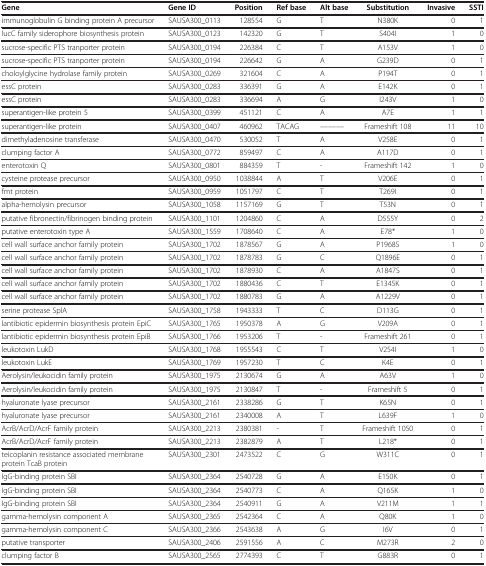
<table><thead><tr><td><b>Gene</b></td><td><b>Gene ID</b></td><td><b>Position</b></td><td><b>Ref base</b></td><td><b>Alt base</b></td><td><b>Substitution</b></td><td><b>Invasive</b></td><td><b>SSTI</b></td></tr></thead><tbody><tr><td>immunoglobulin G binding protein A precursor</td><td>SAUSA300_0113</td><td>128554</td><td>G</td><td>T</td><td>N380K</td><td>0</td><td>1</td></tr><tr><td>IucC family siderophore biosynthesis protein</td><td>SAUSA300_0123</td><td>142320</td><td>G</td><td>T</td><td>S404I</td><td>1</td><td>0</td></tr><tr><td>sucrose-specific PTS tranporter protein</td><td>SAUSA300_0194</td><td>226384</td><td>C</td><td>T</td><td>A153V</td><td>1</td><td>0</td></tr><tr><td>sucrose-specific PTS tranporter protein</td><td>SAUSA300_0194</td><td>226642</td><td>G</td><td>A</td><td>G239D</td><td>0</td><td>1</td></tr><tr><td>choloylglycine hydrolase family protein</td><td>SAUSA300_0269</td><td>321604</td><td>C</td><td>A</td><td>P194T</td><td>0</td><td>1</td></tr><tr><td>essC protein</td><td>SAUSA300_0283</td><td>336391</td><td>G</td><td>A</td><td>E142K</td><td>0</td><td>1</td></tr><tr><td>essC protein</td><td>SAUSA300_0283</td><td>336694</td><td>A</td><td>G</td><td>I243V</td><td>1</td><td>0</td></tr><tr><td>superantigen-like protein 5</td><td>SAUSA300_0399</td><td>451121</td><td>C</td><td>A</td><td>A7E</td><td>1</td><td>1</td></tr><tr><td>superantigen-like protein</td><td>SAUSA300_0407</td><td>460962</td><td>TACAG</td><td>-----</td><td>Frameshift 108</td><td>11</td><td>10</td></tr><tr><td>dimethyladenosine transferase</td><td>SAUSA300_0470</td><td>530052</td><td>T</td><td>A</td><td>V258E</td><td>0</td><td>1</td></tr><tr><td>clumping factor A</td><td>SAUSA300_0772</td><td>859497</td><td>C</td><td>A</td><td>A117D</td><td>0</td><td>1</td></tr><tr><td>enterotoxin Q</td><td>SAUSA300_0801</td><td>884359</td><td>T</td><td>-</td><td>Frameshift 142</td><td>1</td><td>0</td></tr><tr><td>cysteine protease precursor</td><td>SAUSA300_0950</td><td>1038844</td><td>A</td><td>T</td><td>V206E</td><td>0</td><td>1</td></tr><tr><td>fmt protein</td><td>SAUSA300_0959</td><td>1051797</td><td>C</td><td>T</td><td>T269I</td><td>0</td><td>1</td></tr><tr><td>alpha-hemolysin precursor</td><td>SAUSA300_1058</td><td>1157169</td><td>G</td><td>T</td><td>T53N</td><td>0</td><td>1</td></tr><tr><td>putative fibronectin/fibrinogen binding protein</td><td>SAUSA300_1101</td><td>1204860</td><td>C</td><td>A</td><td>D555Y</td><td>0</td><td>2</td></tr><tr><td>putative enterotoxin type A</td><td>SAUSA300_1559</td><td>1708640</td><td>C</td><td>A</td><td>E78*</td><td>1</td><td>0</td></tr><tr><td>cell wall surface anchor family protein</td><td>SAUSA300_1702</td><td>1878567</td><td>G</td><td>A</td><td>P1968S</td><td>1</td><td>0</td></tr><tr><td>cell wall surface anchor family protein</td><td>SAUSA300_1702</td><td>1878783</td><td>G</td><td>C</td><td>Q1896E</td><td>0</td><td>1</td></tr><tr><td>cell wall surface anchor family protein</td><td>SAUSA300_1702</td><td>1878930</td><td>C</td><td>A</td><td>A1847S</td><td>0</td><td>1</td></tr><tr><td>cell wall surface anchor family protein</td><td>SAUSA300_1702</td><td>1880436</td><td>C</td><td>T</td><td>E1345K</td><td>0</td><td>1</td></tr><tr><td>cell wall surface anchor family protein</td><td>SAUSA300_1702</td><td>1880783</td><td>G</td><td>A</td><td>A1229V</td><td>0</td><td>1</td></tr><tr><td>serine protease SplA</td><td>SAUSA300_1758</td><td>1943333</td><td>T</td><td>C</td><td>D113G</td><td>0</td><td>1</td></tr><tr><td>lantibiotic epidermin biosynthesis protein EpiC</td><td>SAUSA300_1765</td><td>1950378</td><td>A</td><td>G</td><td>V209A</td><td>0</td><td>1</td></tr><tr><td>lantibiotic epidermin biosynthesis protein EpiB</td><td>SAUSA300_1766</td><td>1953206</td><td>T</td><td>-</td><td>Frameshift 261</td><td>0</td><td>1</td></tr><tr><td>leukotoxin LukD</td><td>SAUSA300_1768</td><td>1955543</td><td>C</td><td>T</td><td>V254I</td><td>1</td><td>0</td></tr><tr><td>leukotoxin LukE</td><td>SAUSA300_1769</td><td>1957230</td><td>T</td><td>C</td><td>K4E</td><td>0</td><td>1</td></tr><tr><td>Aerolysin/leukocidin family protein</td><td>SAUSA300_1975</td><td>2130674</td><td>G</td><td>A</td><td>A63V</td><td>1</td><td>0</td></tr><tr><td>Aerolysin/leukocidin family protein</td><td>SAUSA300_1975</td><td>2130847</td><td>T</td><td>-</td><td>Frameshift 5</td><td>0</td><td>1</td></tr><tr><td>hyaluronate lyase precursor</td><td>SAUSA300_2161</td><td>2338286</td><td>G</td><td>T</td><td>K65N</td><td>0</td><td>1</td></tr><tr><td>hyaluronate lyase precursor</td><td>SAUSA300_2161</td><td>2340008</td><td>A</td><td>T</td><td>L639F</td><td>1</td><td>0</td></tr><tr><td>AcrB/AcrD/AcrF family protein</td><td>SAUSA300_2213</td><td>2380381</td><td>-</td><td>T</td><td>Frameshift 1050</td><td>0</td><td>1</td></tr><tr><td>AcrB/AcrD/AcrF family protein</td><td>SAUSA300_2213</td><td>2382879</td><td>A</td><td>T</td><td>L218*</td><td>0</td><td>1</td></tr><tr><td>teicoplanin resistance associated membrane protein TcaB protein</td><td>SAUSA300_2301</td><td>2473522</td><td>C</td><td>G</td><td>W311C</td><td>0</td><td>1</td></tr><tr><td>IgG-binding protein SBI</td><td>SAUSA300_2364</td><td>2540728</td><td>G</td><td>A</td><td>E150K</td><td>0</td><td>1</td></tr><tr><td>IgG-binding protein SBI</td><td>SAUSA300_2364</td><td>2540773</td><td>C</td><td>A</td><td>Q165K</td><td>1</td><td>0</td></tr><tr><td>IgG-binding protein SBI</td><td>SAUSA300_2364</td><td>2540911</td><td>G</td><td>A</td><td>V211M</td><td>1</td><td>1</td></tr><tr><td>gamma-hemolysin component A</td><td>SAUSA300_2365</td><td>2542364</td><td>C</td><td>A</td><td>Q80K</td><td>1</td><td>0</td></tr><tr><td>gamma-hemolysin component C</td><td>SAUSA300_2366</td><td>2543638</td><td>A</td><td>G</td><td>I6V</td><td>0</td><td>1</td></tr><tr><td>putative transporter</td><td>SAUSA300_2406</td><td>2591556</td><td>A</td><td>C</td><td>M273R</td><td>2</td><td>0</td></tr><tr><td>clumping factor B</td><td>SAUSA300_2565</td><td>2774393</td><td>C</td><td>T</td><td>G883R</td><td>0</td><td>1</td></tr></tbody></table>